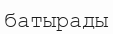
батырады